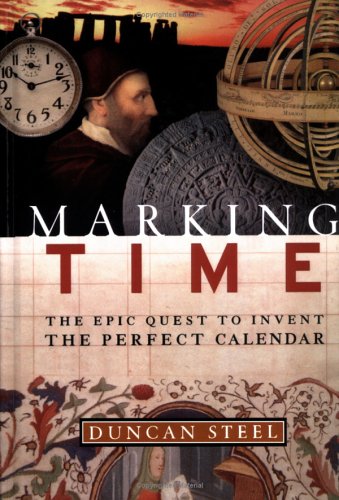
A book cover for Marking Time: The Epic Quest to Invent the Perfect Calendar; Duncan Steel; Science & Math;